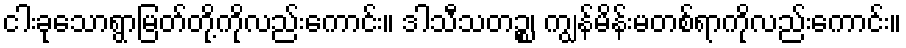
ငါးခုသောရွာမြတ်တို့ကိုလည်းကောင်း။ ဒါသီသတဉ္စ၊ ကျွန်မိန်းမတစ်ရာကိုလည်းကောင်း။